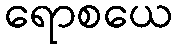
ရောစယေ